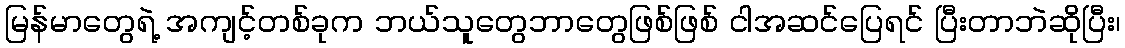
မြန်မာတွေရဲ့ အကျင့်တစ်ခုက ဘယ်သူတွေဘာတွေဖြစ်ဖြစ် ငါအဆင်ပြေရင် ပြီးတာဘဲဆိုပြီး၊